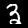
Digit: 3